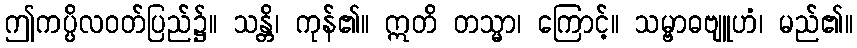
ဤကပ္ပိလဝတ်ပြည်၌။ သန္တိ၊ ကုန်၏။ ဣတိ တသ္မာ၊ ကြောင့်။ သမ္ဗာဓဗျူဟံ၊ မည်၏။